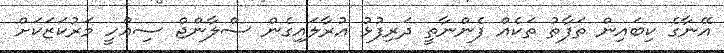
އޭނާގެ ކިބައިން ތަފާތު ތަކެއް ފެންނާތީ ދަރިފުޅު އުރާލައިގެން ސްލާންޖް ސިއްހީ މަރުކަޒަކަށް